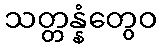
သတ္တန္နံတွေဝ